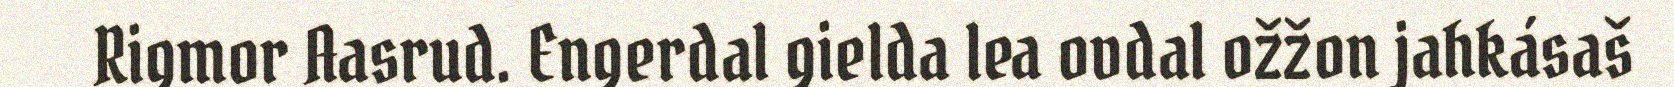
Rigmor Aasrud. Engerdal gielda lea ovdal ožžon jahkásaš